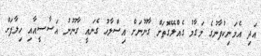
އަދި އެމަނިކުފާނުގެ މަގާމު ގެއްލޭގޮތަށް ގާނޫނަށް އިސްލާހު ގެނައީ ގާނޫނު އަސާސީއާއި ހިލާފަށް